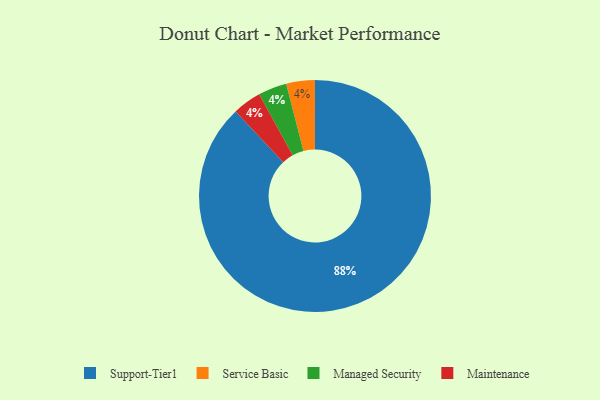
{"axis": {"x": "Category", "y": "Percentage"}, "legend": ["Maintenance", "Managed Security", "Service Basic", "Support-Tier1"], "data": [{"x": "Service Basic", "y": 4, "type": "Service Basic"}, {"x": "Managed Security", "y": 4, "type": "Managed Security"}, {"x": "Support-Tier1", "y": 88, "type": "Support-Tier1"}, {"x": "Maintenance", "y": 4, "type": "Maintenance"}]}